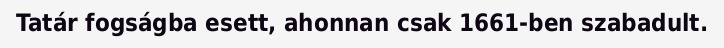
Tatár fogságba esett, ahonnan csak 1661-ben szabadult.